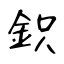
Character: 鉙